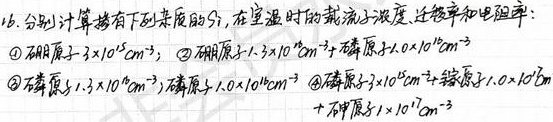
16. 分别计算掺有下列杂质的Si，在室温时的载流子浓度、迁移率和电阻率：
\textcircled{1} 硼原子\(3\times10^{15}\text{cm}^{-3}\)；
\textcircled{2} 硼原子\(1.3\times10^{16}\text{cm}^{-3}+ \)磷原子\(1.0\times10^{16}\text{cm}^{-3}\)
\textcircled{3} 磷原子\(1.3\times10^{16}\text{cm}^{-3}\)；
\textcircled{4} 磷原子\(3\times10^{17}\text{cm}^{-3}+ \)镓原子\(1.0\times10^{17}\text{cm}^{-3}+ \)砷原子\(1\times10^{17}\text{cm}^{-3}\)